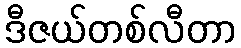
ဒီဇယ်တစ်လီတာ